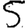
Digit: 5